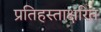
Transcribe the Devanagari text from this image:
प्रतिहस्ताक्षरित